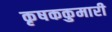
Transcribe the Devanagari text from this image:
कृषककुमारी